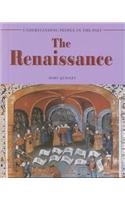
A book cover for The Renaissance (Understanding People in the Past); Mary Quigley; Children's Books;